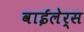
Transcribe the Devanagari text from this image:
वाईलेर्स